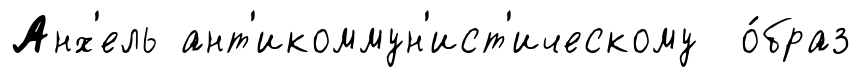
Анх'ель ант'икоммун'ист'ическому о́браз